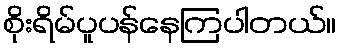
စိုးရိမ်ပူပန်နေကြပါတယ်။